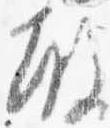
殿